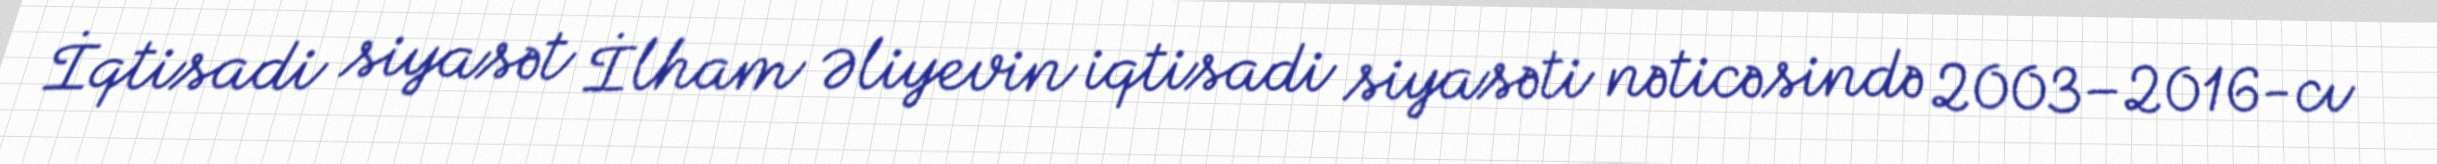
İqtisadi siyasət İlham Əliyevin iqtisadi siyasəti nəticəsində 2003–2016-cı